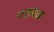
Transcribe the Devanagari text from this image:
परुवम